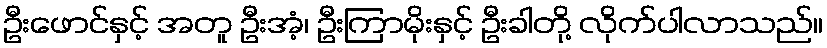
ဦးဖောင်နှင့် အတူ ဦးအံ့၊ ဦးကြာမိုးနှင့် ဦးခါတို့ လိုက်ပါလာသည်။